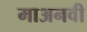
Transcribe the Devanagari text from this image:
माअनवी